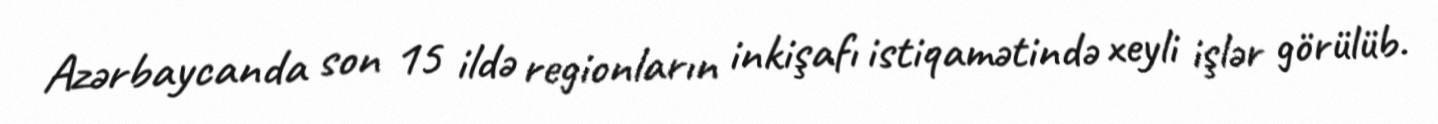
Azərbaycanda son 15 ildə regionların inkişafı istiqamətində xeyli işlər görülüb.